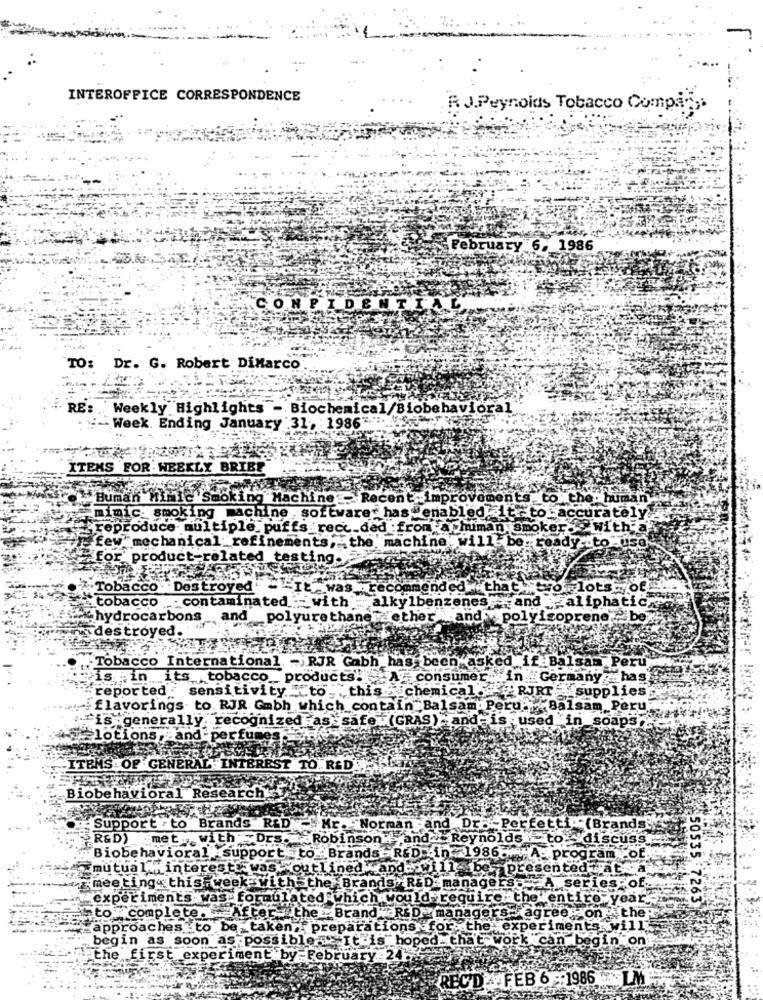
INTEROFFICE CORRESPONDENCE
R J.Peynoids Tobacco Compa",
February 6. 1986
CONFIDENTIAL
TO: Dr. G. Robert DiMarco
RE: Weekly Highlights - Biochemical/Biobehavioral
Week. Ending January 31, : 1986".".
ITEMS FOR WEEKLY BRIBE
Buman
Tinic's
ing Machine: Recent improvements to the. human
smoking
machine . software- has enabled it -to accurately.
duce multiple
frecc_dad :from a human smoker."
with a
‘few
"mechanical: refi
the machine will- be: ready to use
for' product-
Tobacco
Destroyed
ommended . that
vor lots of
tobacco
¡¡ aliphatic
contaminated :- with -alkylbenzenes.and
hydrocarbons_
and polyurethane ether and polyisoprene, box
destroyed.
Tobacco International - RJR Gabh has been asked if Balsam Per
is .; in its tobacco_ products. A consumer in Germany has
reported
sensitivity " to" . this chemical
RJRT supplies
flavorings. to RJR Gmbh which contain Balsam Peru.
Balsam Peru
ris . generall
recognized as safe .(GRAS) and is used in soaps
lotions, and per
-ITEMS OF GENERAL INTEREST TO. R&D
Biobehavioral Research
. Support . to Brands . R&D
"Norman and Dr: Perfetti" (Brands
R&D)
met. with : - Drs
1.Robinson and Reynolds to discuss
Biobe ha
support . to Brands -R&D -in 1986-
ral
program of
mutua
interest was -out
ed and.
4H bes
presented at.a
meel
A series
« this week with the Brands. R&D managers
exp
imen
s was formulated which would require th
plet
ifter
50535 7263
he _ Brand R&D_ managers agree on the
aches to be taken preparations for the experiments will
begin as soon as possible. It is
ed tha't work can begin on
the first experiment by February 24
REC'D FEB 6 1986 LM